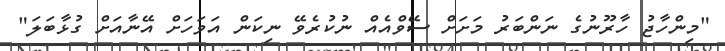
"މިންހާޖު ހާރޫނުގެ ނަންބަރު މަށަށް ސޭވްއެއް ނުކުރެވޭ ނިކަން އަވަހަށް އޭނާއަށް ގުޅާބަލަ"